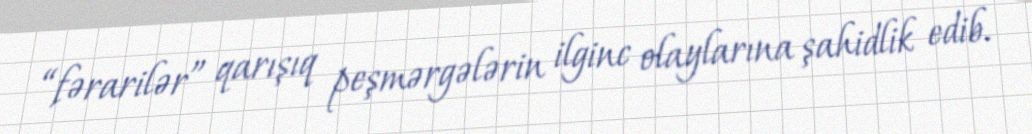
“fərarilər” qarışıq peşmərgələrin ilginc olaylarına şahidlik edib.